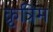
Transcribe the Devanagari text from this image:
क्रृत्रिम